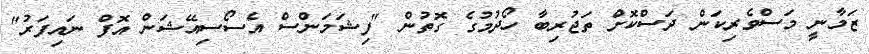
ޒަމާނީ މަސްވެރިކަން ދަސްކޮށް ތަޖުރިބާ ހޯދުމުގެ ގޮތުން "ފިޝަމަންސް އެސޯސިއޭޝަން އޮފް ނައިފަރު"